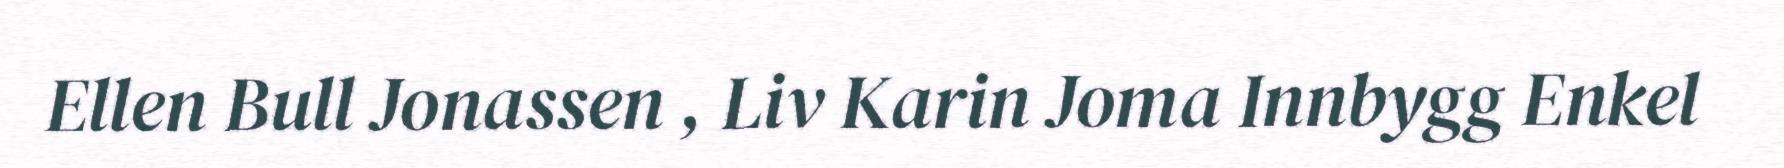
Ellen Bull Jonassen , Liv Karin Joma Innbygg Enkel